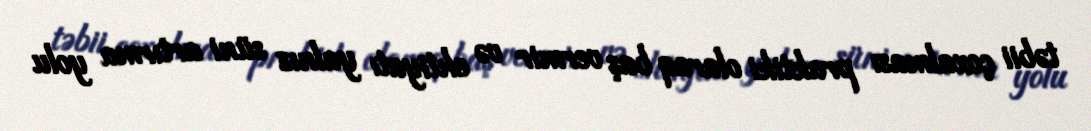
təbii çoxalması praktiki olaraq baş vermir və ehtiyatı yalnız süni artırma yolu